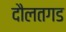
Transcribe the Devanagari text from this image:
दौलतगड